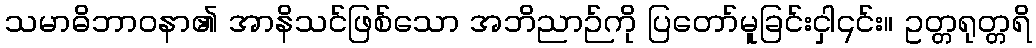
သမာဓိဘာဝနာ၏ အာနိသင်ဖြစ်သော အဘိညာဉ်ကို ပြတော်မူခြင်းငှါ၎င်း။ ဥတ္တရုတ္တရိ